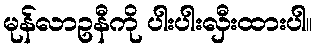
မုန်လာဥနီကို ပါးပါးလှီးထားပါ။